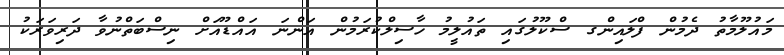
މައުލޫމާތު ދެމުން ފްލައިންގ ސްކޫލުގައި ތައުލީމު ހާސިލްކުރަމުން އަންނަ އައްޑޫއަށް ނިސްބަތްނުވާ ދަރިވަރަކު